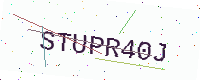
Text: STUPR40J